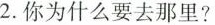
2.你为什么要去那里？